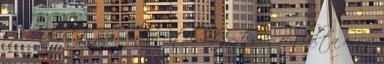
szó hordozott számunkra értelmet. – És? – foglalta össze